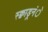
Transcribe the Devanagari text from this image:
स्क्वाड्रनंे